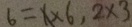
6 = 1 \times 6 , 2 \times 3